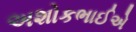
અશોકભાઈએ